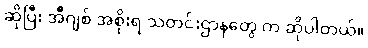
ဆိုပြီး အီဂျစ် အစိုးရ သတင်းဌာနတွေ က ဆိုပါတယ်။